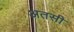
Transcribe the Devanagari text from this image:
अतसी